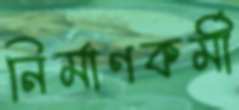
নির্মাণকর্মী